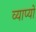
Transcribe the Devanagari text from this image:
व्याप्यो